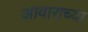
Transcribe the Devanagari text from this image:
आवाराच्या